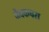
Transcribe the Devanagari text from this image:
जैवकचरा